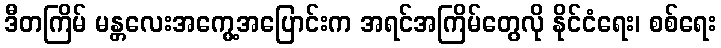
ဒီတကြိမ် မန္တလေးအကွေ့အပြောင်းက အရင်အကြိမ်တွေလို နိုင်ငံရေး၊ စစ်ရေး